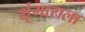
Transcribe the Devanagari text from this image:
शृंगाराला